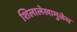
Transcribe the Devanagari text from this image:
शिलालेखामुळेच